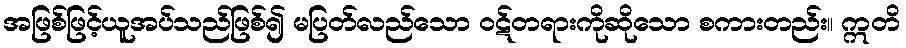
အဖြစ်ဖြင့်ယူအပ်သည်ဖြစ်၍ မပြတ်လည်သော ဝဋ်တရားကိုဆိုသော စကားတည်း။ ဣတိ